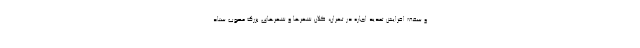
و سقف افزایش تمدید اجاره در تهران، کلان شهرها و شهرهای بزرگ مصوب ستاد